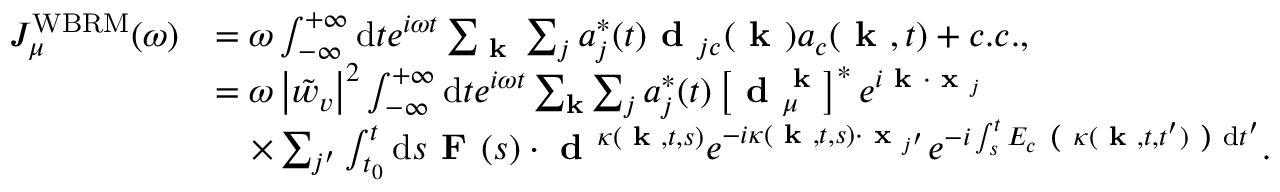
\begin{array} { r l } { J _ { \mu } ^ { \mathrm { W B R M } } ( \omega ) } & { = \omega \int _ { - \infty } ^ { + \infty } \mathrm { d } t e ^ { i \omega t } \sum _ { \textbf { k } } \sum _ { j } a _ { j } ^ { * } ( t ) \textbf { d } _ { j c } ( \textbf { k } ) a _ { c } ( \textbf { k } , t ) + c . c . , } \\ & { = \omega \left| \tilde { w } _ { v } \right| ^ { 2 } \int _ { - \infty } ^ { + \infty } \mathrm { d } t e ^ { i \omega t } \sum _ { \mathbf { k } } \sum _ { j } a _ { j } ^ { * } ( t ) \left[ \textbf { d } _ { \mu } ^ { \textbf { k } } \right] ^ { * } e ^ { i \textbf { k } \cdot \textbf { x } _ { j } } } \\ & { \ \ \ \times \sum _ { j ^ { \prime } } \int _ { t _ { 0 } } ^ { t } \mathrm { d } s \textbf { F } ( s ) \cdot \textbf { d } ^ { \kappa ( \textbf { k } , t , s ) } e ^ { - i \kappa ( \textbf { k } , t , s ) \cdot \textbf { x } _ { j ^ { \prime } } } e ^ { - i \int _ { s } ^ { t } E _ { c } \textbf { ( } \kappa ( \textbf { k } , t , t ^ { \prime } ) \textbf { ) } \mathrm { d } t ^ { \prime } } . } \end{array}